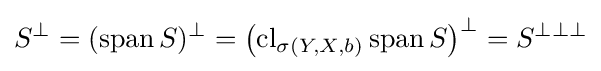
S^{\perp }=(\operatorname {span} S)^{\perp }=\left(\operatorname {cl} _{\sigma (Y,X,b)}\operatorname {span} S\right)^{\perp }=S^{\perp \perp \perp }